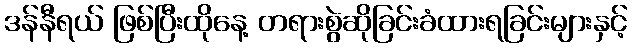
ဒန်နီရယ် ဖြစ်ပြီးထိုနေ့ တရားစွဲဆိုခြင်းခံထားရခြင်းများနှင့်